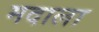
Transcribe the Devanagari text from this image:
मदाला